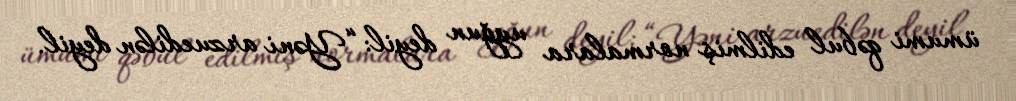
ümumi qəbul edilmiş normalara uyğun deyil: “Yəni arzuedilən deyil.